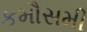
કમૌસમી